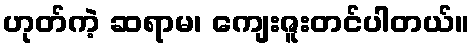
ဟုတ်ကဲ့ ဆရာမ၊ ကျေးဇူးတင်ပါတယ်။